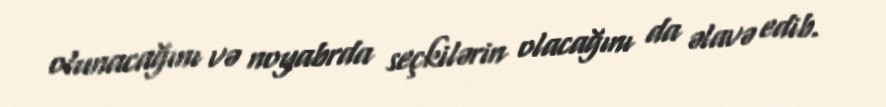
olunacağını və noyabrda seçkilərin olacağını da əlavə edib.